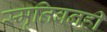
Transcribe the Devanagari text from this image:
स्मृतिवनही